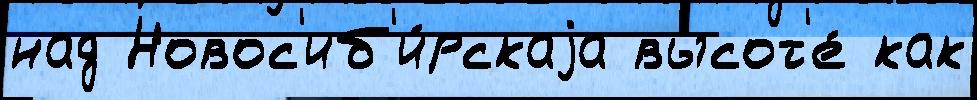
над Новос'иб'и́рскаjа высот'е́ как